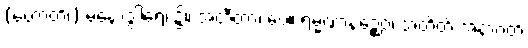
(ဟောတိ၊) မနောဒွါရေ၊ ၌။ အတီတာ၊ ပေ။ ရမ္မဏာနဉ္စေဝ၊ အတိတ် အနာဂတ်